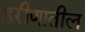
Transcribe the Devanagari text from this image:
हरीणातील